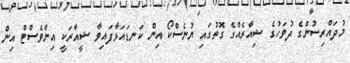
މުދައްރިސުންގެ ދުވަހުގެ ޝިއާރެއްގެ ގޮތުގައި ޔުނެސްކޯ އިން ކަނޑައަޅާފައިވާ ޝީއާރަކީ އިންވެސްޓް އިން